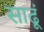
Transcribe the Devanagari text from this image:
साढूं